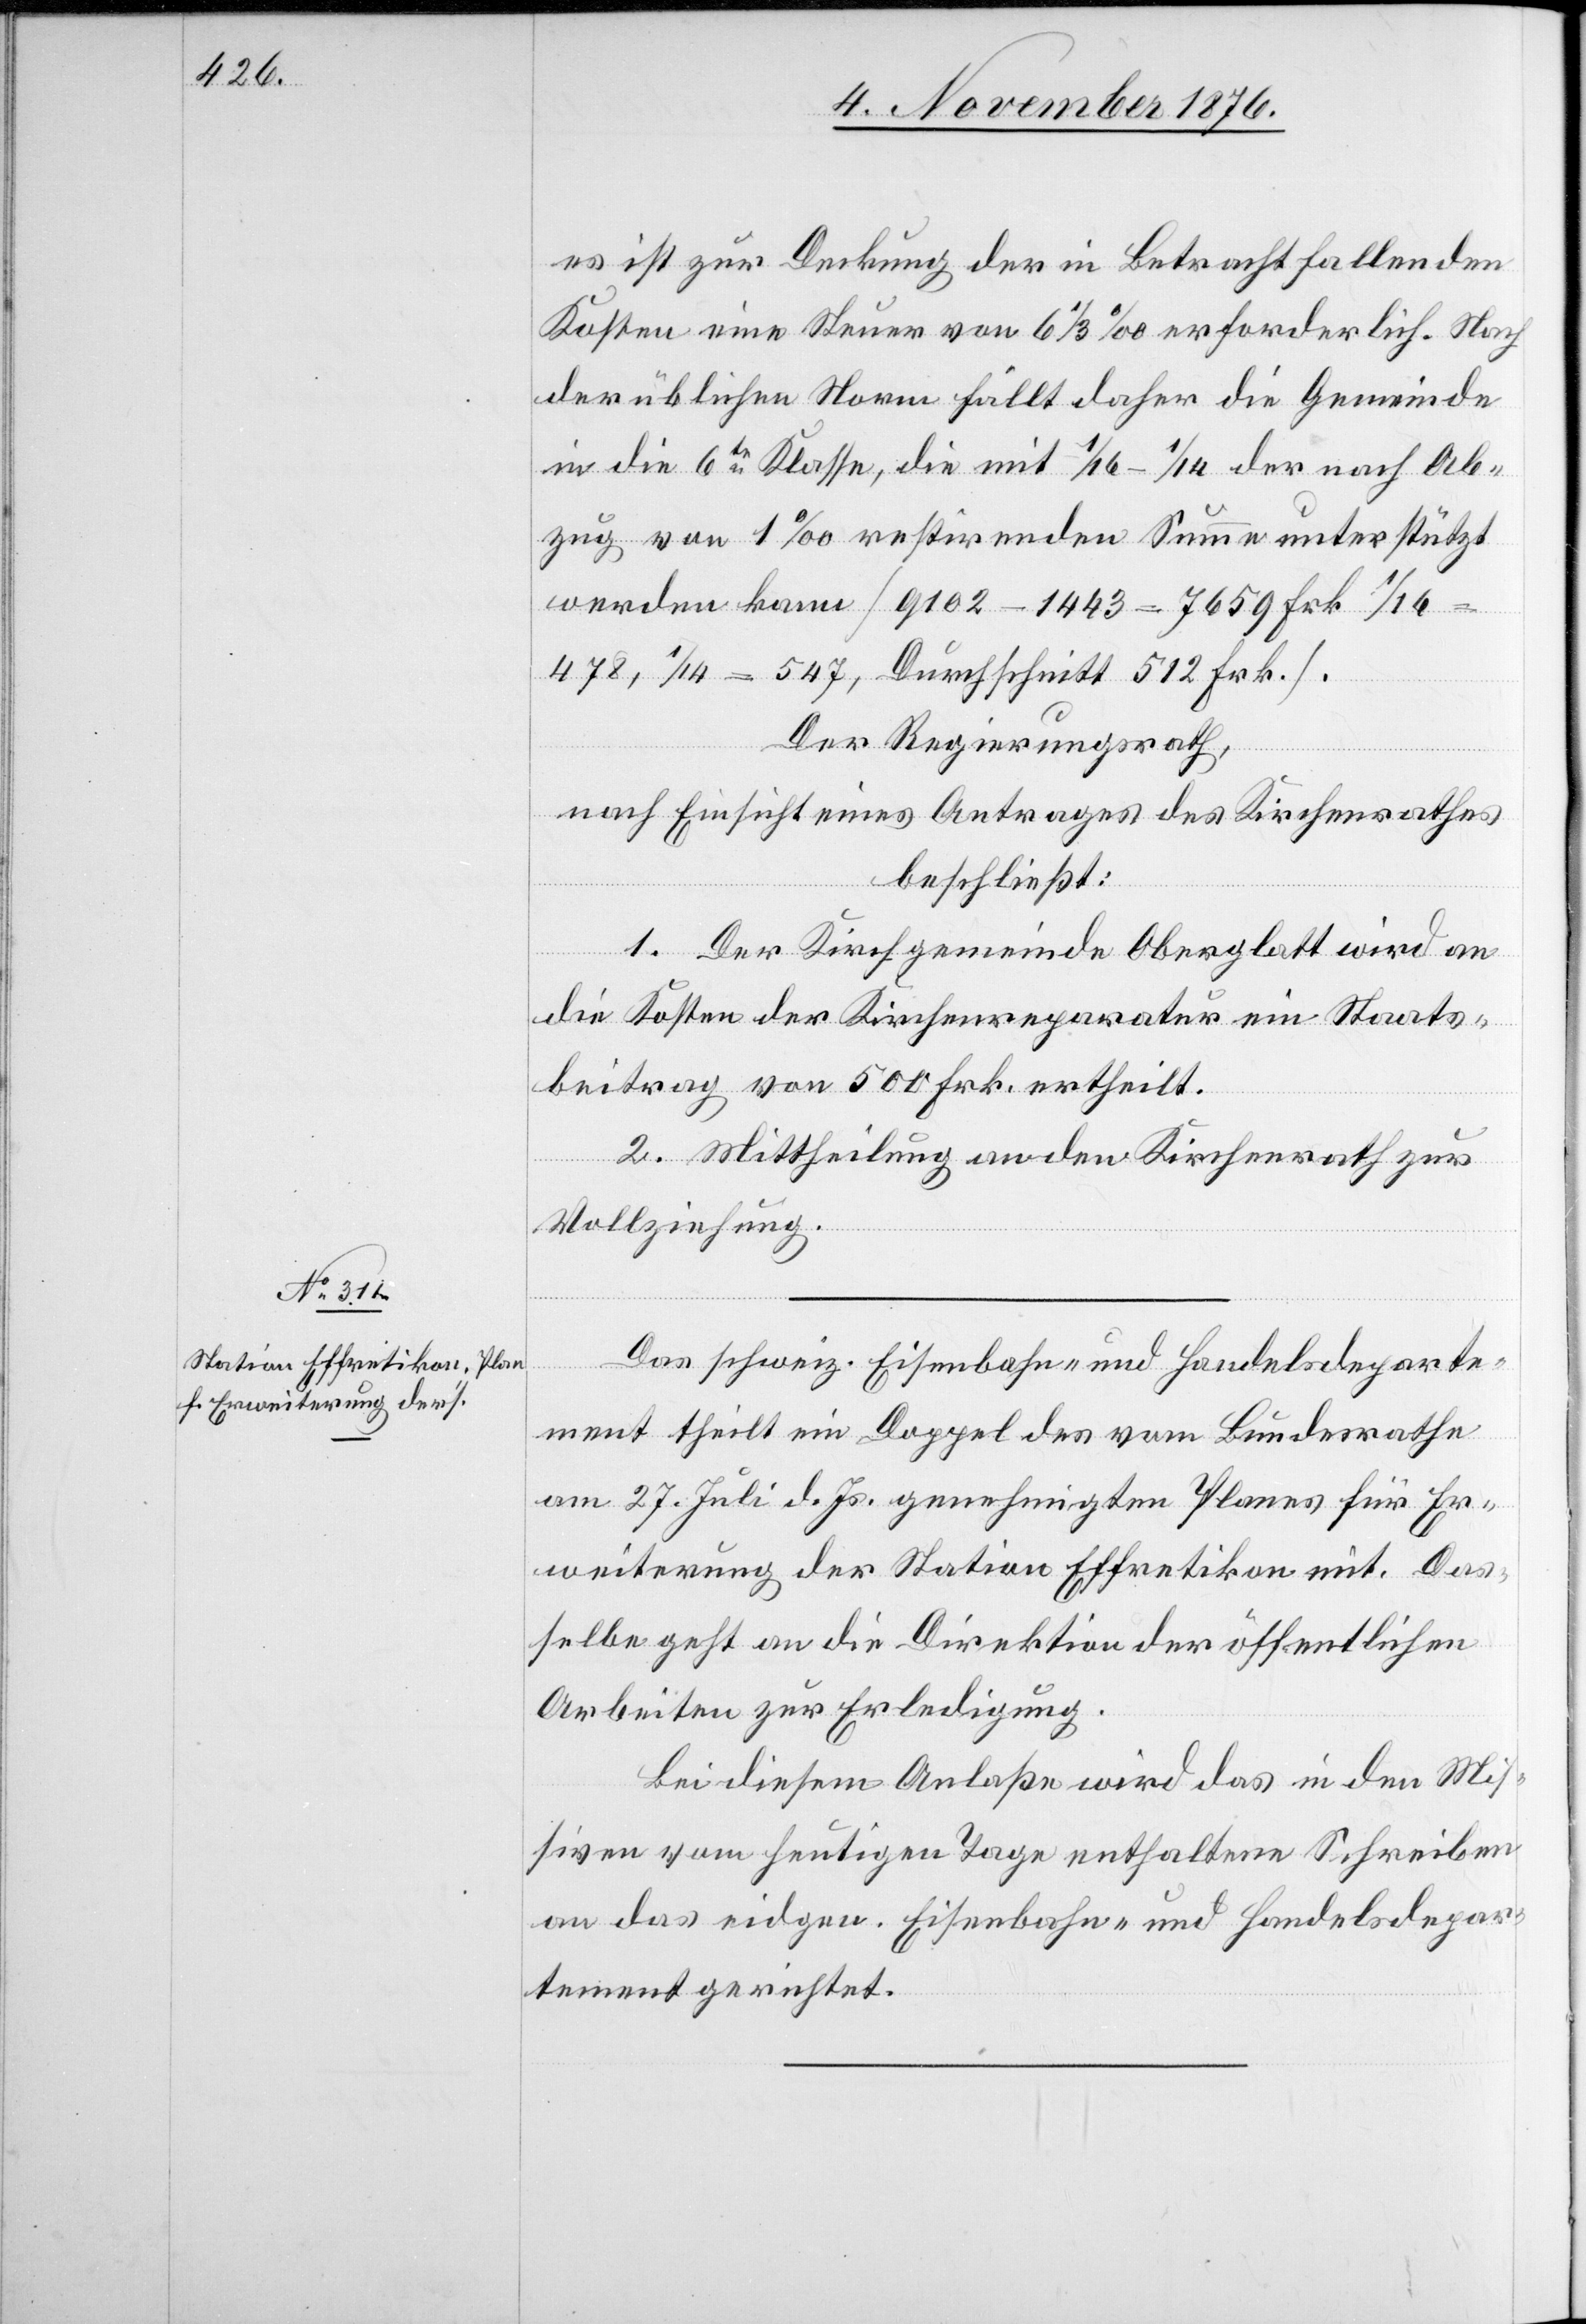
es ist zur Deckung der in Betracht fallenden
Kosten eine Steuer von 6 1/3‰ erforderlich. Nach
der üblichen Norm fällt daher die Gemeinde
in die 6te Klasse, die mit 1/6–1/14 der nach Ab¬
zug von 1‰ restirenden Summe unterstützt
werden kann [9102 – 1443 – 7659 Frk. 1/6
478, 1/14 = 547, Durchschnitt 512 Frk.].
Der Regierungsrath,
nach Einsicht eines Antrages der Kirchenrathes,
beschließt:
1. Der Kirchgemeinde Oberglatt wird an
die Kosten der Kirchenreparatur ein Staats¬
beitrag von 500 Frk. ertheilt.
2. Mittheilung an den Kirchenrath zur
Vollziehung.
Das schweiz. Eisenbahn- und Handelsdeparte¬
ment theilt ein Doppel des vom Bundesrathe
am 27. Juli d. Js. genehmigten Planes für Er¬
weiterung der Station Effretikon mit. Das¬
selbe geht an die Direktion der öffentlichen
Arbeiten zur Erledigung.
Bei diesem Anlaße wird das in den Mis¬
siven vom heutigen Tage enthaltene Schreiben
an das eid. Eisenbahn- und Handelsdepar¬
tement gerichtet.